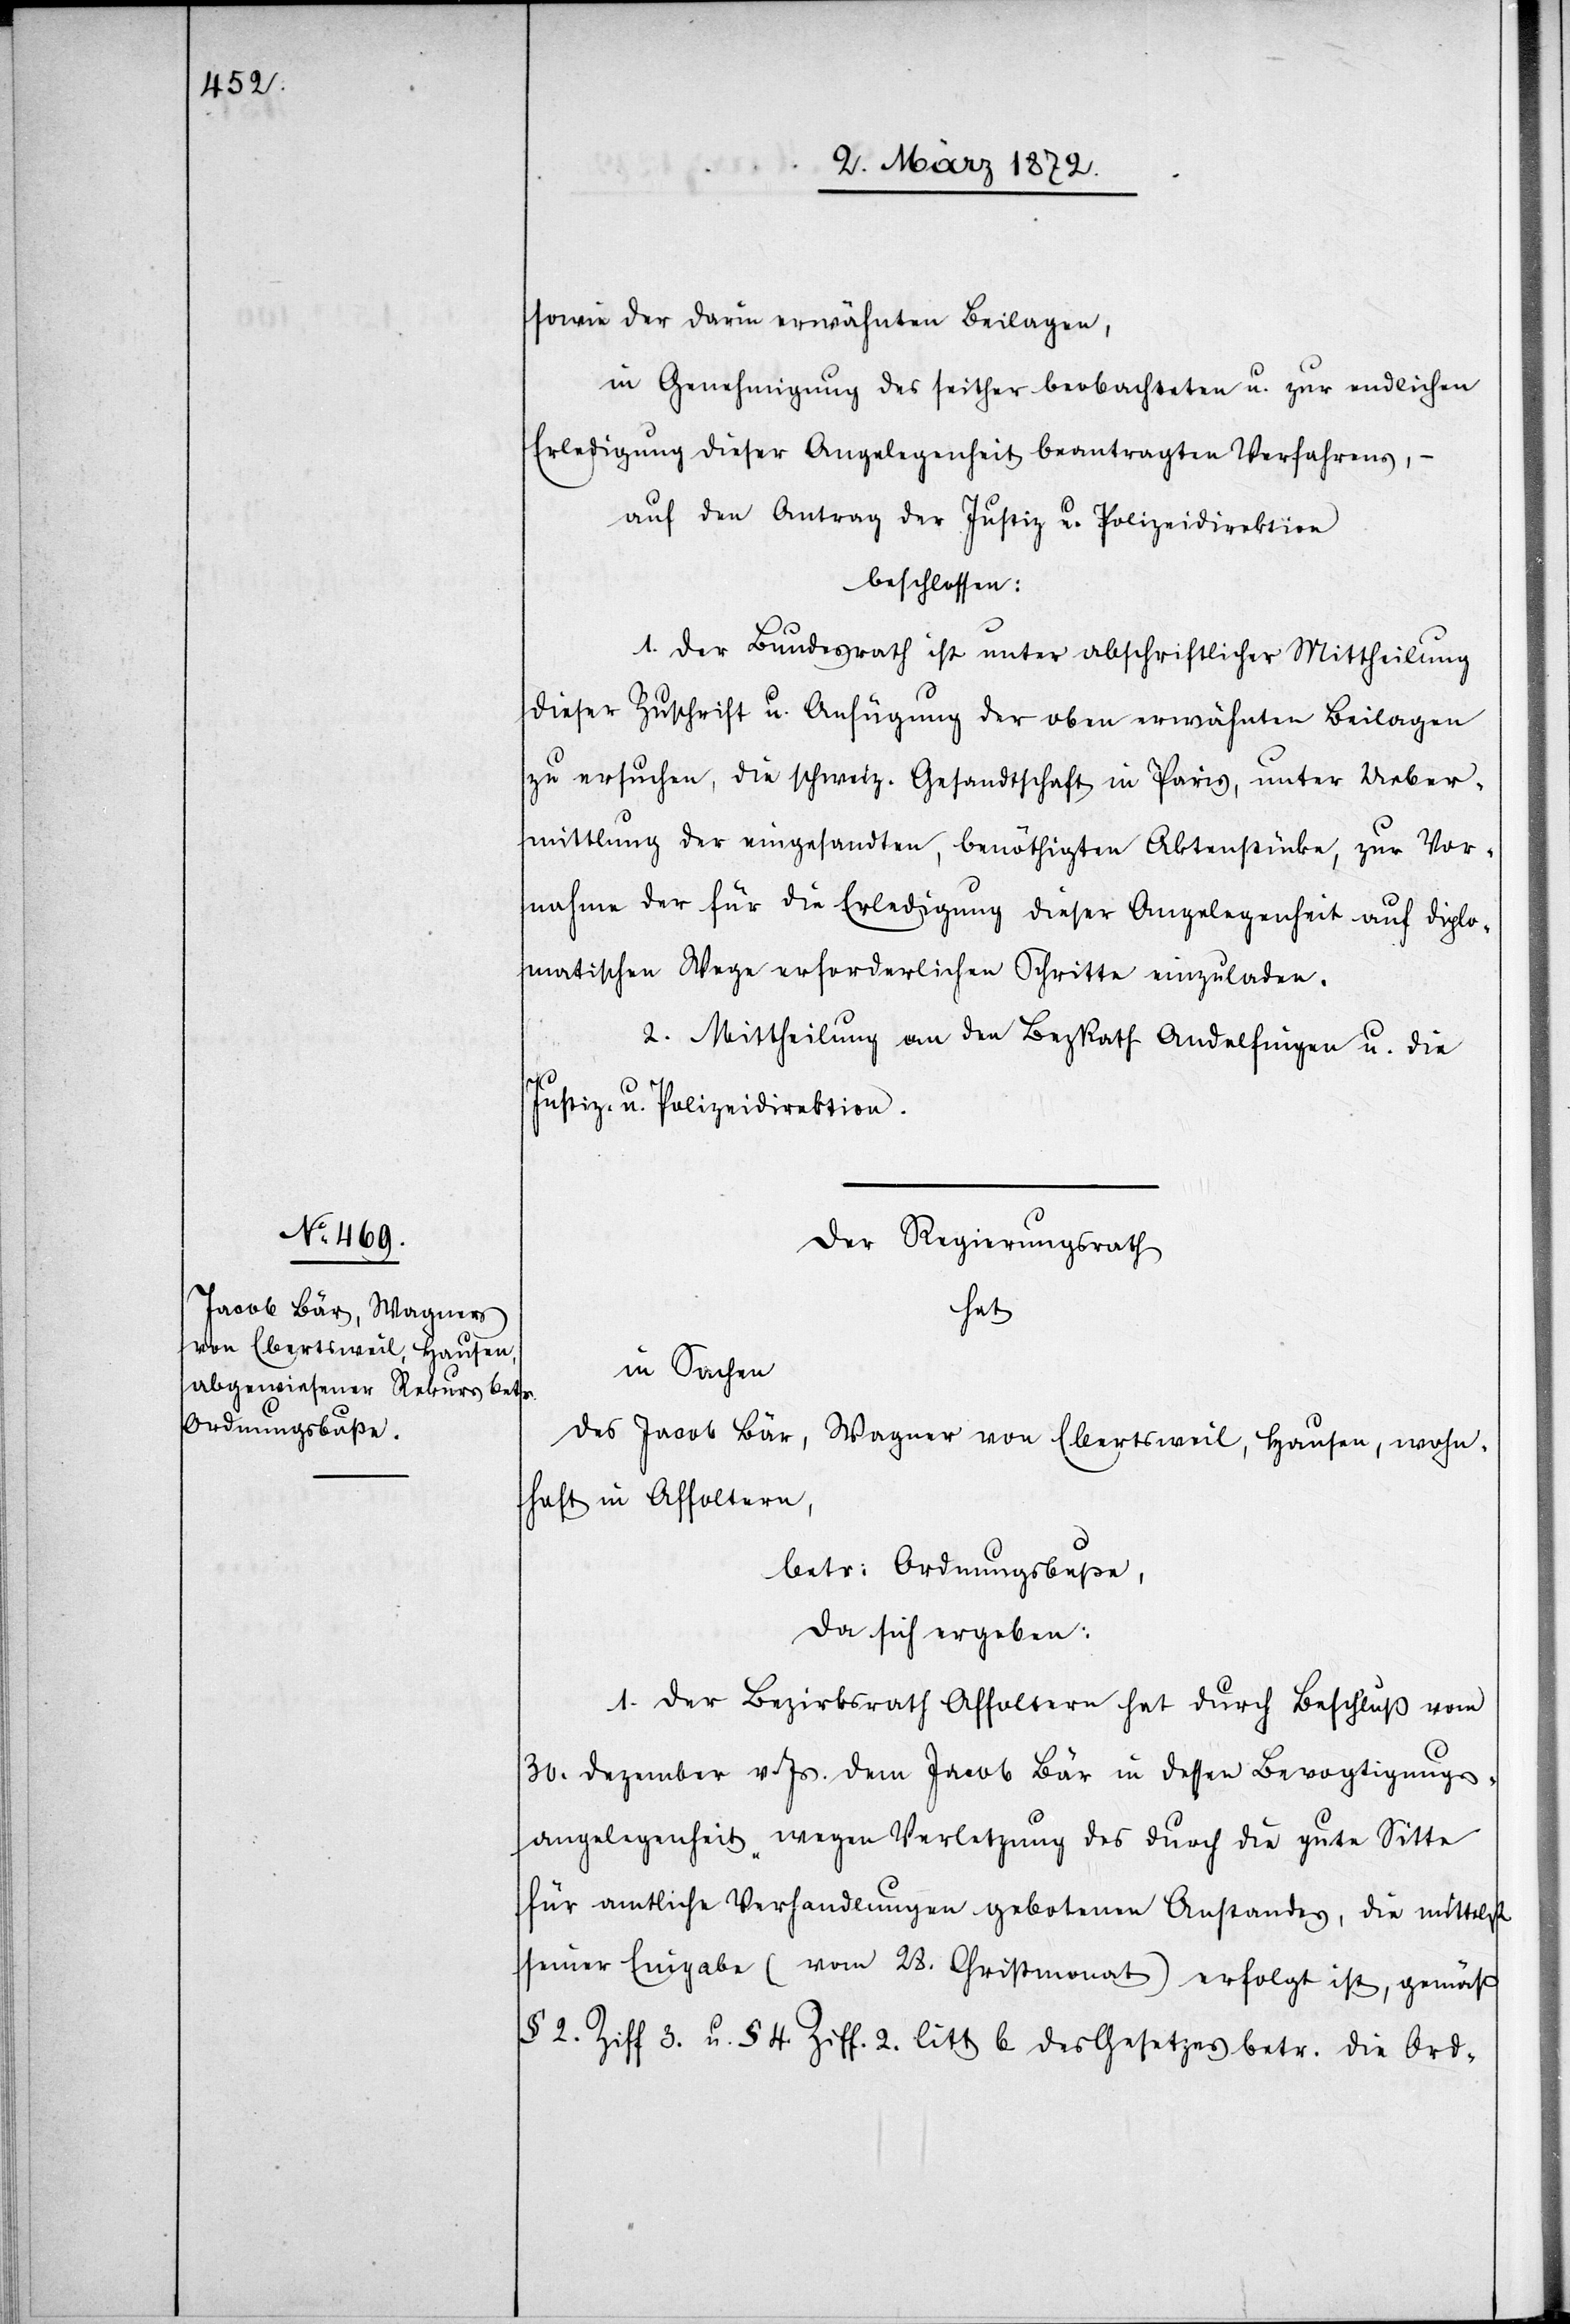
sowie der darin erwähnten Beilagen,
in Genehmigung des seither beobachteten u. zur endlichen
Erledigung dieser Angelegenheit beantragten Verfahrens,
auf den Antrag der Justiz u. Polizeidirektion
beschlossen:
1. Der Bundesrath ist unter abschriftlicher Mittheilung
dieser Zuschrift u. Anfügung der oben erwähnten Beilagen
zu ersuchen, die schweiz. Gesandtschaft in Paris, unter Ueber¬
mittlung der eingesandten, benöthigten Aktenstücke, zur Vor¬
nahme der für die Erledigung dieser Angelegenheit auf diplo¬
matischen Wege erforderlichen Schritte einzuladen.
2. Mittheilung an den BezRath Andelfingen u. die
Justiz- u. Polizeidirektion.
Der Regierungsrath
hat
in Sachen
des Jacob Bär, Wagner von Ebertsweil, Hausen, wohn¬
haft in Affoltern,
betr. Ordnungsbuße,
da sich ergeben:
1. Der Bezirksrath Affoltern hat durch Beschluß vom
30. Dezember v. Js. dem Jacob Bär in dessen Bevogtigungs¬
angelegenheit „wegen Verletzung des durch die gute Sitte
für amtliche Verhandlungen gebotenen Anstandes, die mittelst
seiner Eingabe (vom 28. Christmonat) erfolgt ist, gemäß
§ 2. Ziff 3. u. § 4 Ziff. 2. litt b. des Gesetzes betr. die Ord-